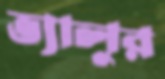
ভ্যালুর